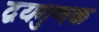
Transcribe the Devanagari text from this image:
द्वयगुणक